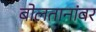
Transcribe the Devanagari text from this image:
बोलतानांवर